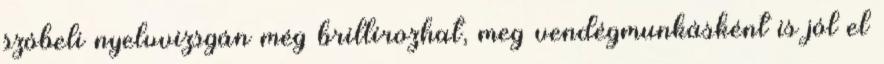
szóbeli nyelvvizsgán még brillírozhat, meg vendégmunkásként is jól el